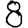
Digit: 8